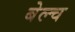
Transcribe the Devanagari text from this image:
बेल्च